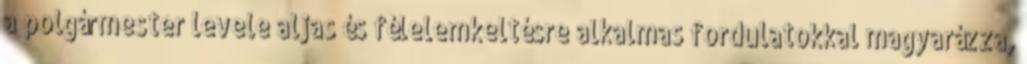
a polgármester levele aljas és félelemkeltésre alkalmas fordulatokkal magyarázza,